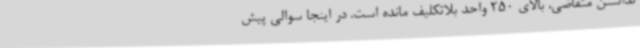
نداشتن متقاضی، بالای 250 واحد بلاتکلیف مانده است. در اینجا سوالی پیش